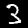
Label: 3